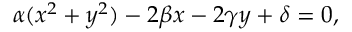
\alpha ( x ^ { 2 } + y ^ { 2 } ) - 2 \beta x - 2 \gamma y + \delta = 0 ,